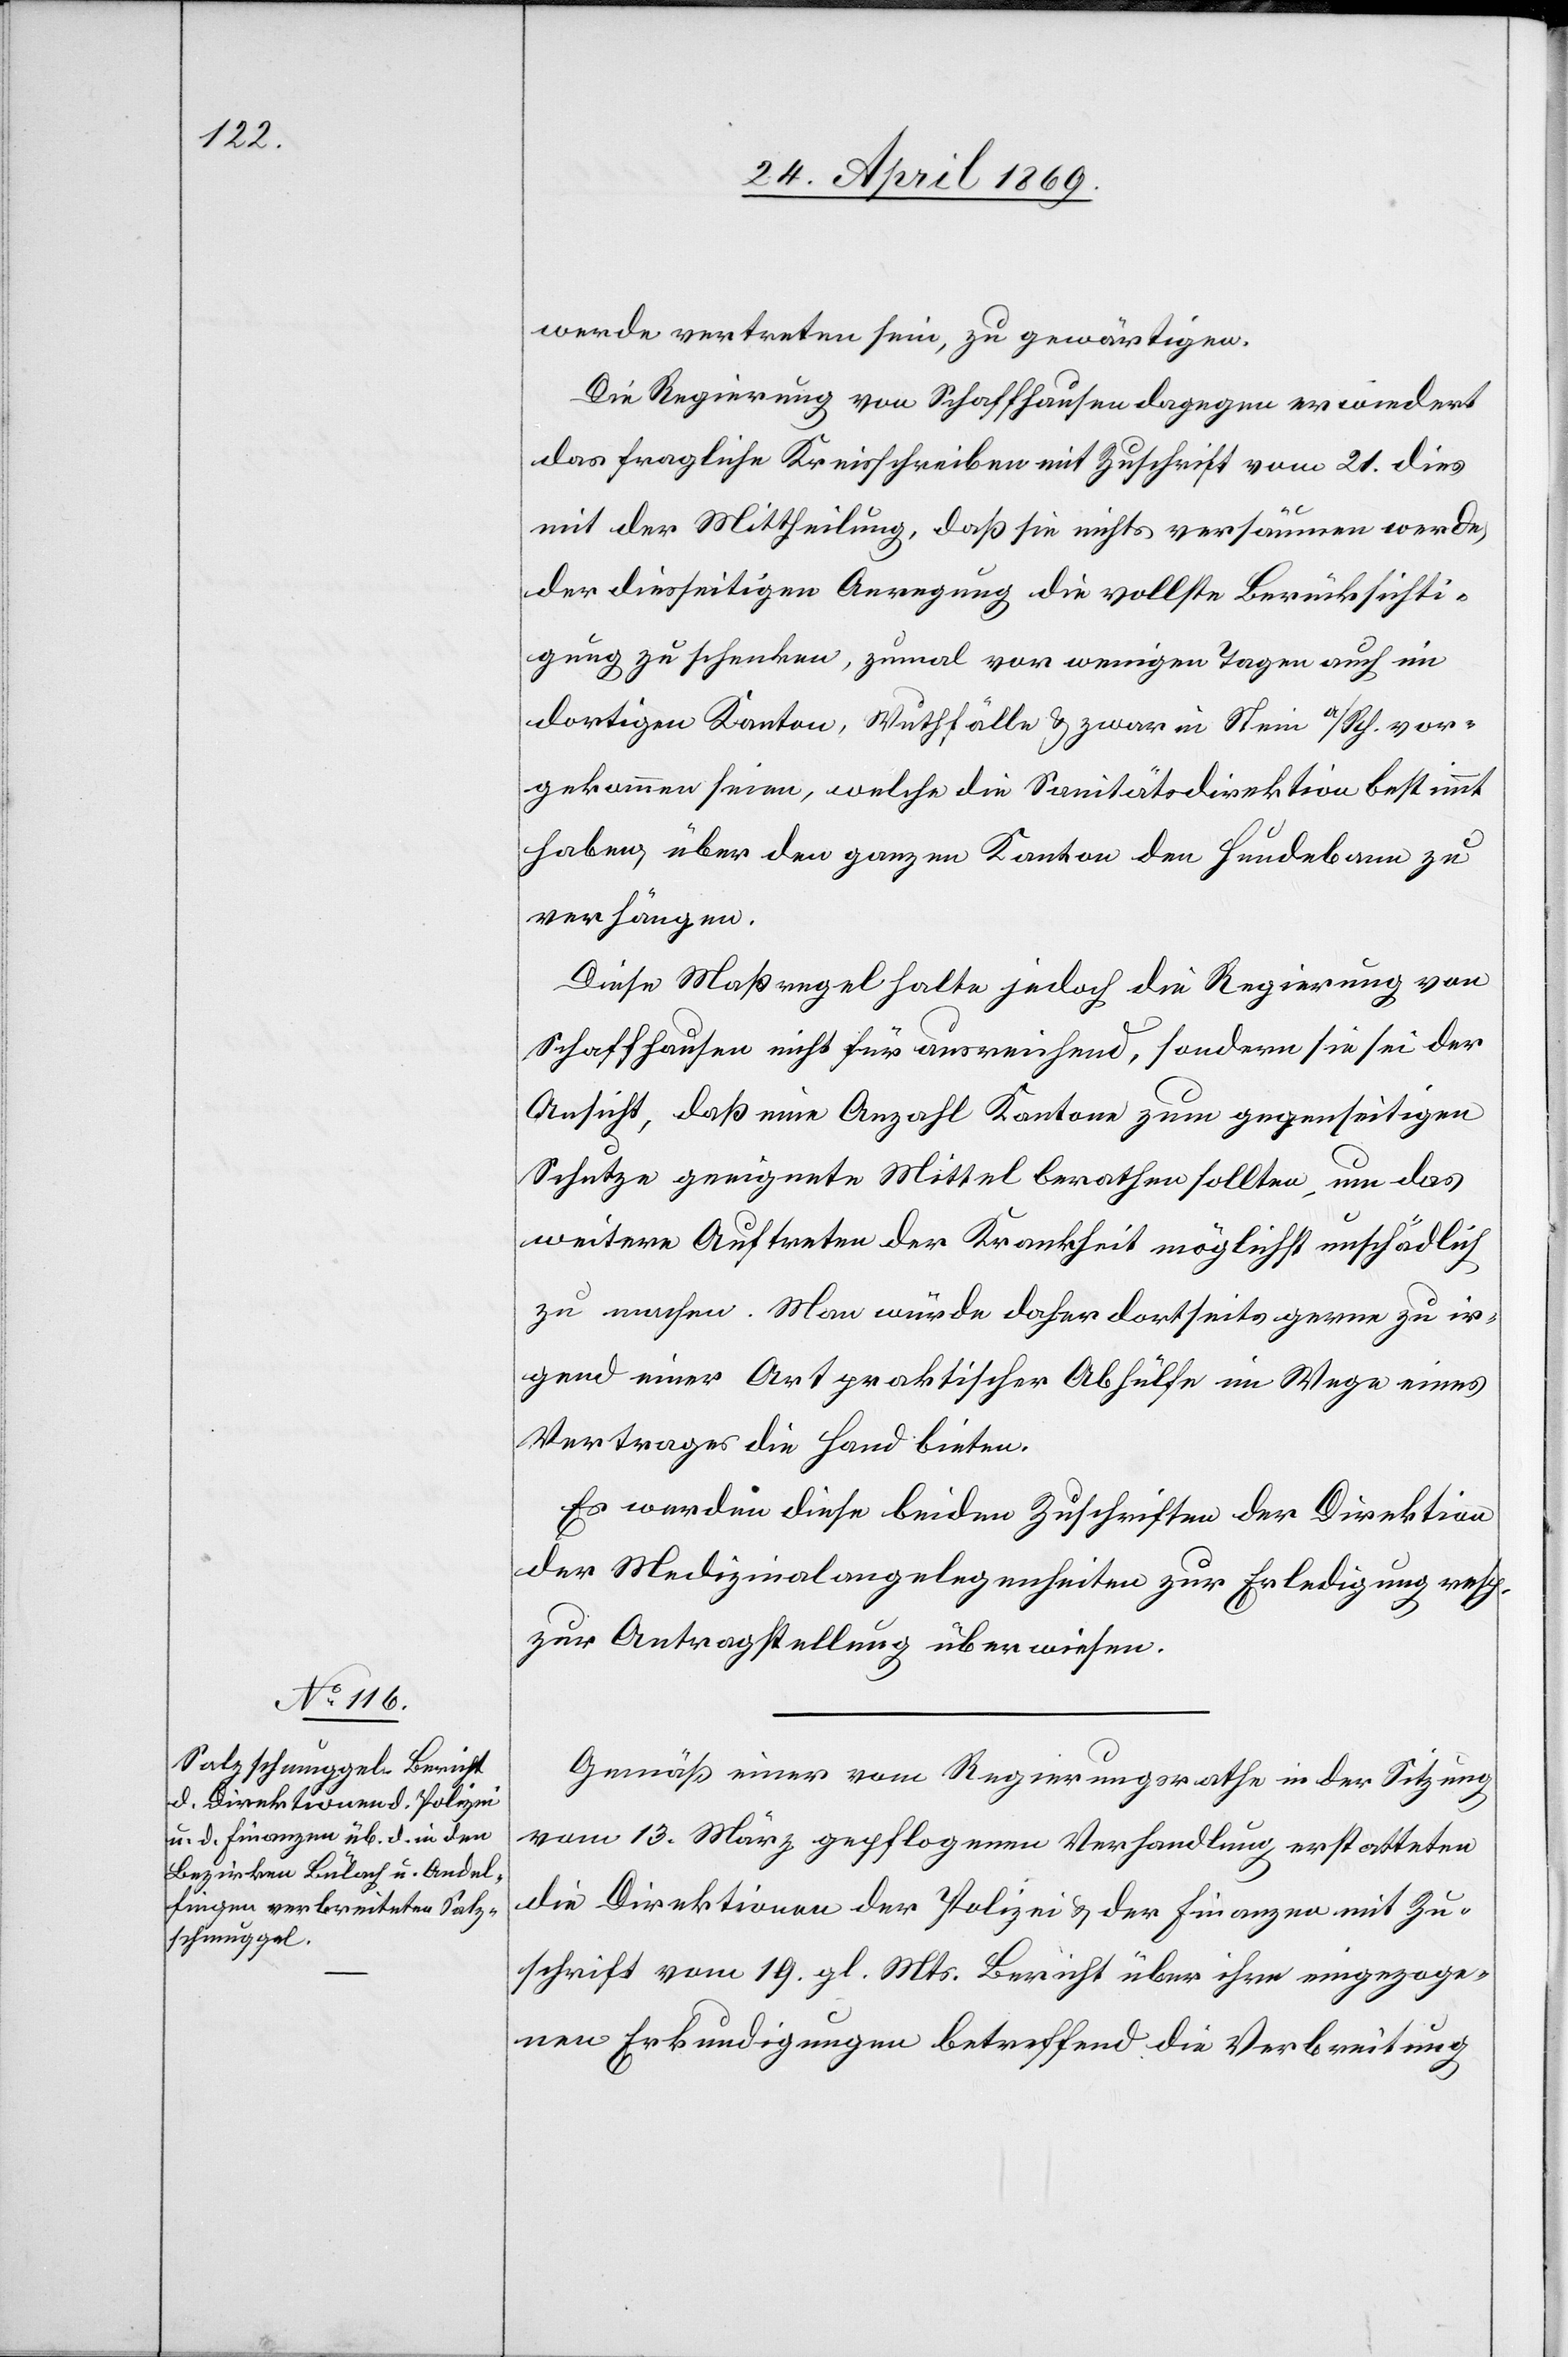
werde vertreten sein, zu gewärtigen.
Die Regierung von Schaffhausen dagegen erwiedert
das fragliche Kreisschreiben mit Zuschrift vom 21. dies
mit der Mittheilung, daß sie nichts versäumen werde,
der diesseitigen Anregung die vollste Berücksichti¬
gung zu schenken, zumal vor wenigen Tagen auch im
dortigen Kanton, Wuthfälle u. zwar in Stein a/Rh. vor¬
gekommen seien, welche die Sanitätsdirektion bestimmt
haben, über den ganzen Kanton den Hundebann zu
verhängen.
Diese Maßregel halte jedoch die Regierung von
Schaffhausen nicht für ausreichend, sondern sie sei der
Ansicht, daß eine Anzahl Kantone zum gegenseitigen
Schutze geeignete Mittel berathen sollten, um das
weitere Auftreten der Krankheit möglichst unschädlich
zu machen. Man würde daher dortseits gerne zu ir¬
gend einer Art praktischer Abhülfe im Wege eines
Vertrages die Hand bieten.
Es werden diese beiden Zuschriften der Direktion
der Medizinalangelegenheiten zur Erledigung resp.
zur Antragstellung überwiesen.
Gemäß einer vom Regierungsrathe in der Sitzung
vom 13. März gepflogenen Verhandlung erstatteten
die Direktionen der Polizei u. der Finanzen mit Zu¬
schrift vom 19. gl. Mts. Bericht über ihre eingezoge¬
nen Erkundigungen betreffend die Verbreitung